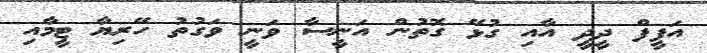
އަފީފް ދީދީ އާއި ގުޅޭ ގޮތުން އަނީސާ ވަނީ ވަގުތު ހޭރިޔާ ޓީމާއި